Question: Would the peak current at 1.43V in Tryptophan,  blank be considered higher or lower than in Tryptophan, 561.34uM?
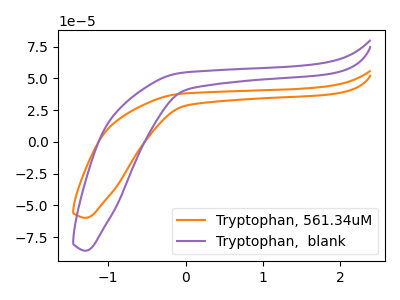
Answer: <think>The orange curve "Tryptophan, 561.34uM" has no peaks. The purple curve "Tryptophan,  blank" has no peaks.</think>
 <answer>"Tryptophan,  blank" and "Tryptophan, 561.34uM" dont share a peak at 1.43V.</answer>
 <eval>mismatch</eval>